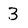
Character: 3